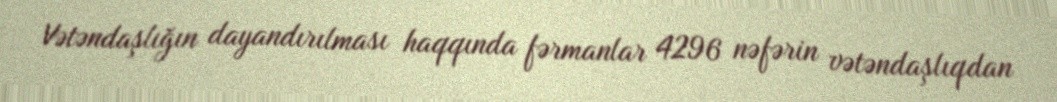
Vətəndaşlığın dayandırılması haqqında fərmanlar 4296 nəfərin vətəndaşlıqdan